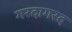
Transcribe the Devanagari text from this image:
गरदागरद